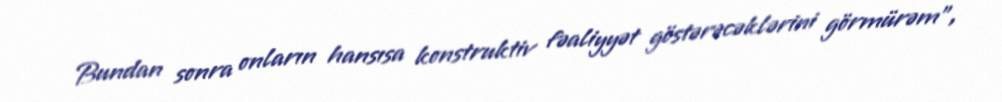
Bundan sonra onların hansısa konstruktiv fəaliyyət göstərəcəklərini görmürəm”,